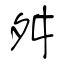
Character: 舛